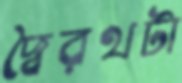
দ্বৈরথটা